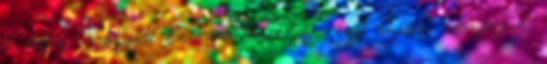
a tejet, és együtt habosra keverjük. Egy szitán átszűrjük,